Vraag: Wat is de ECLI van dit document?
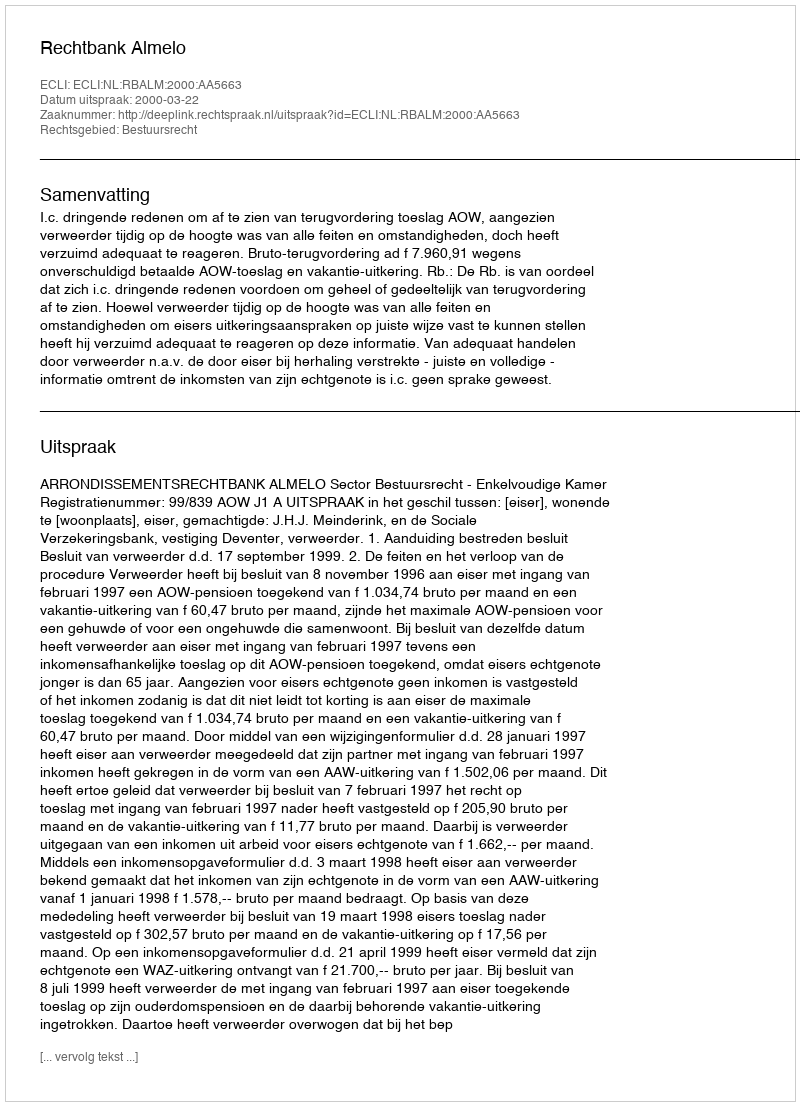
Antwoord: ECLI:NL:RBALM:2000:AA5663